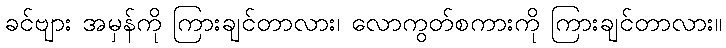
ခင်ဗျား အမှန်ကို ကြားချင်တာလား၊ လောကွတ်စကားကို ကြားချင်တာလား။